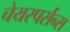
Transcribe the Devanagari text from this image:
चेयरपर्सन्स